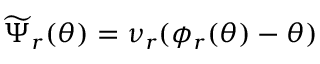
\widetilde { \Psi } _ { r } ( \theta ) = \nu _ { r } ( \phi _ { r } ( \theta ) - \theta )